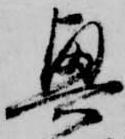
興